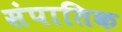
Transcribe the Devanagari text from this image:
संपातिक